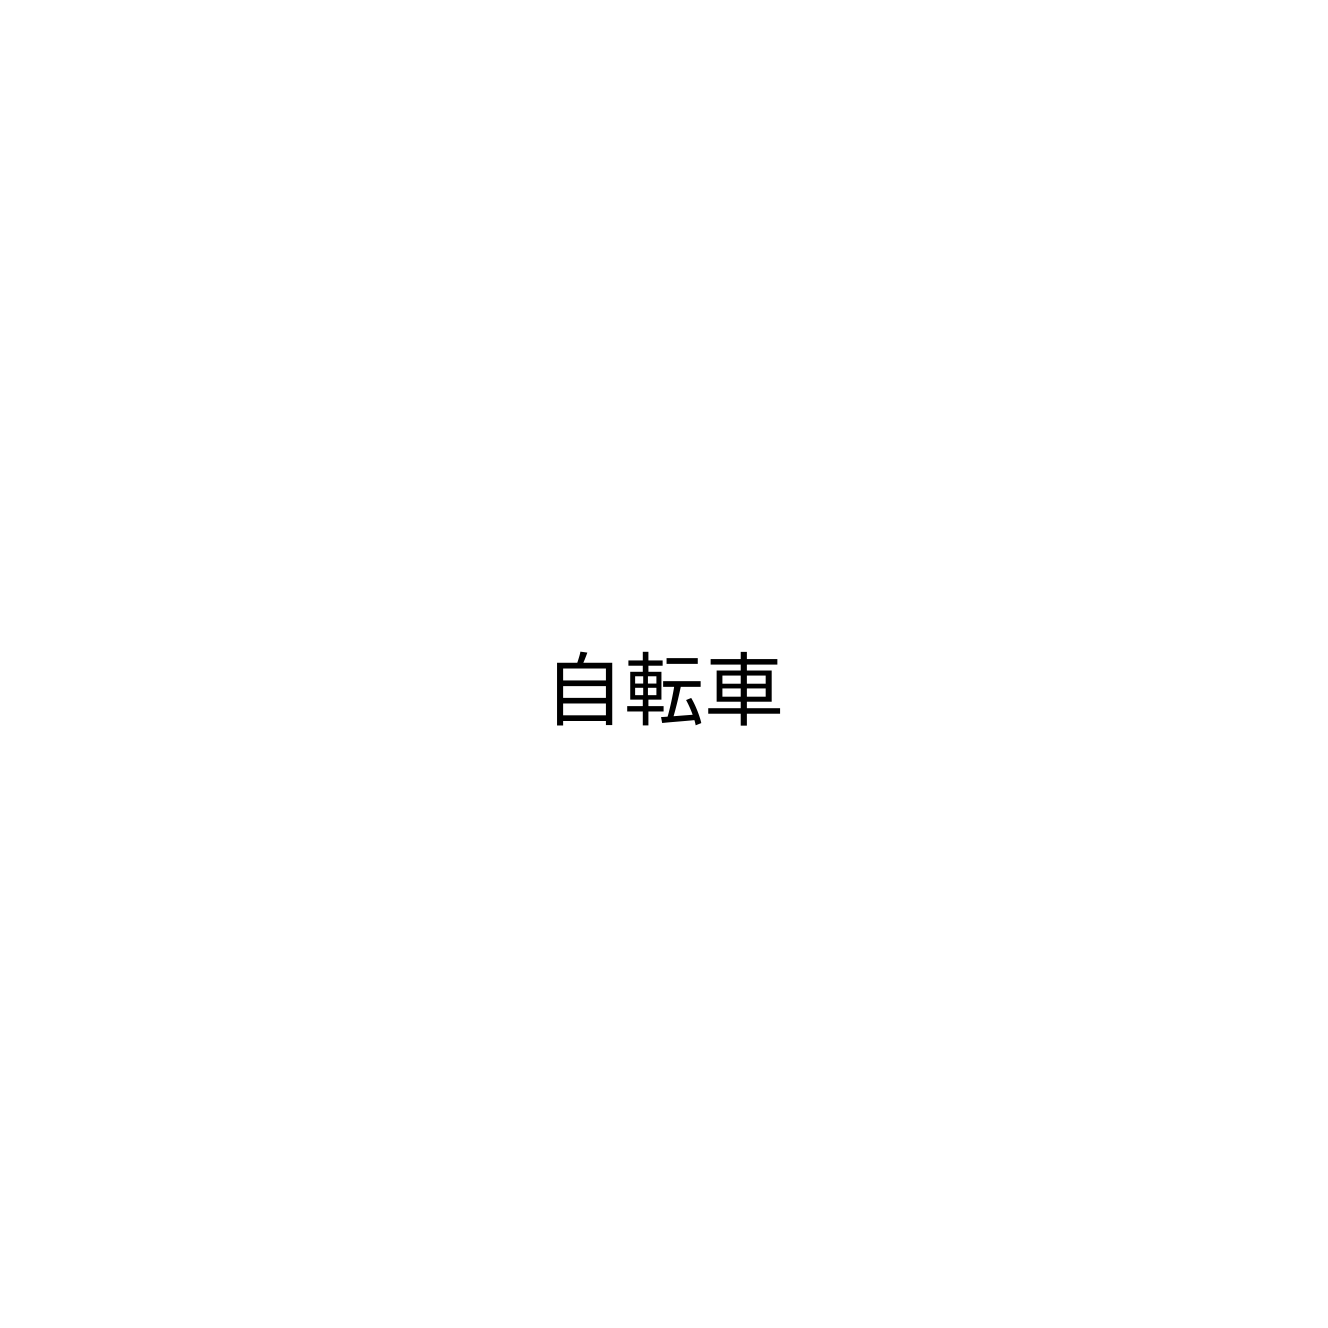
自転車